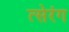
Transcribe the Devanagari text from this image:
त्सेरंग